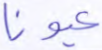
عيونا